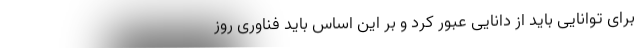
برای توانایی باید از دانایی عبور کرد و بر این اساس باید فناوری روز